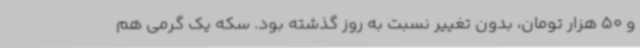
و 50 هزار تومان، بدون تغییر نسبت به روز گذشته بود. سکه یک گرمی هم